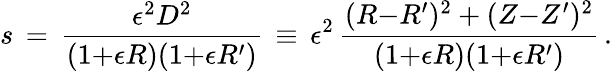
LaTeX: s\, =\, \frac{\epsilon^{2}D^{2}}{(1{+}\epsilon R)(1{+}\epsilon R^{\prime})}\, \equiv\, \epsilon^{2}\, \frac{(R{-}R^{\prime})^{2}+(Z{-}Z^{\prime})^{2}}{(1{+}\epsilon R)(1{+}\epsilon R^{\prime})}\, .